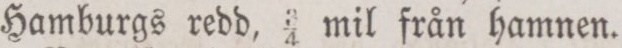
Hamburgs redd, ¾ mil från hamnen.